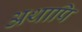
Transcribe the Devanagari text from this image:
अथापि